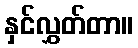
နှင်လွှတ်တာ။